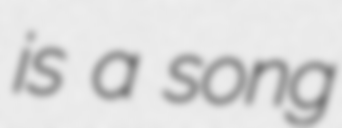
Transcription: is a song